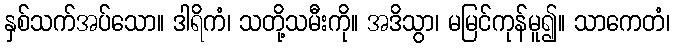
နှစ်သက်အပ်သော။ ဒါရိကံ၊ သတို့သမီးကို။ အဒိသွာ၊ မမြင်ကုန်မူ၍။ သာကေတံ၊